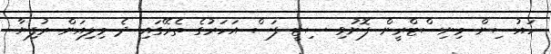
ހައުސިން މިނިސްޓްރީން ފޮނުވި ސިޓީ ފަސް އަހަރުގެ ތެރޭގައި ދެ މިލިއަން ރުފިޔާ